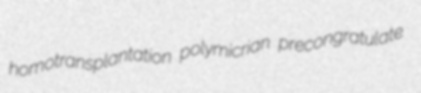
homotransplantation polymicrian precongratulate